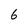
Character: 6